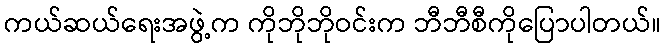
ကယ်ဆယ်ရေးအဖွဲ့က ကိုဘိုဘိုဝင်းက ဘီဘီစီကိုပြောပါတယ်။